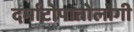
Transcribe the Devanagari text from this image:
दर्माटोपातोलोगी